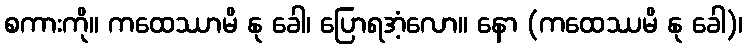
စကားကို။ ကထေဿာမိ နု ခေါ၊ ပြောရအံ့လော။ နော (ကထေဿမိ နု ခေါ)၊